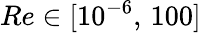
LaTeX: Re\in[10^{-6},\, 100]